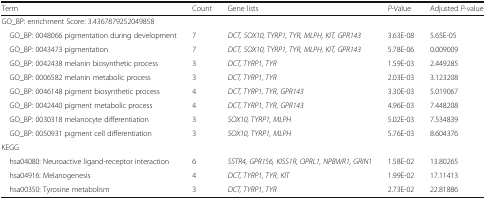
<table><thead><tr><td><b>Term</b></td><td><b>Count</b></td><td><b>Gene lists</b></td><td><b><i>P</i>-Value</b></td><td><b>Adjusted <i>P</i>-value</b></td></tr></thead><tbody><tr><td colspan="5">GO_BP: enrichment Score: 3.4367879252049858</td></tr><tr><td> GO_BP: 0048066 pigmentation during development</td><td>7</td><td><i>DCT, SOX10, TYRP1, TYR, MLPH, KIT, GPR143</i></td><td>3.63E-08</td><td>5.65E-05</td></tr><tr><td> GO_BP: 0043473 pigmentation</td><td>7</td><td><i>DCT, SOX10, TYRP1, TYR, MLPH, KIT, GPR143</i></td><td>5.78E-06</td><td>0.009009</td></tr><tr><td> GO_BP: 0042438 melanin biosynthetic process</td><td>3</td><td><i>DCT, TYRP1, TYR</i></td><td>1.59E-03</td><td>2.449285</td></tr><tr><td> GO_BP: 0006582 melanin metabolic process</td><td>3</td><td><i>DCT, TYRP1, TYR</i></td><td>2.03E-03</td><td>3.123208</td></tr><tr><td> GO_BP: 0046148 pigment biosynthetic process</td><td>4</td><td><i>DCT, TYRP1, TYR, GPR143</i></td><td>3.30E-03</td><td>5.019067</td></tr><tr><td> GO_BP: 0042440 pigment metabolic process</td><td>4</td><td><i>DCT, TYRP1, TYR, GPR143</i></td><td>4.96E-03</td><td>7.448208</td></tr><tr><td> GO_BP: 0030318 melanocyte differentiation</td><td>3</td><td><i>SOX10, TYRP1, MLPH</i></td><td>5.02E-03</td><td>7.534839</td></tr><tr><td> GO_BP: 0050931 pigment cell differentiation</td><td>3</td><td><i>SOX10, TYRP1, MLPH</i></td><td>5.76E-03</td><td>8.604376</td></tr><tr><td colspan="5">KEGG</td></tr><tr><td> hsa04080: Neuroactive ligand-receptor interaction</td><td>6</td><td><i>SSTR4, GPR156, KISS1R, OPRL1, NPBWR1, GRIN1</i></td><td>1.58E-02</td><td>13.80265</td></tr><tr><td> hsa04916: Melanogenesis</td><td>4</td><td><i>DCT, TYRP1, TYR, KIT</i></td><td>1.99E-02</td><td>17.11413</td></tr><tr><td> hsa00350: Tyrosine metabolism</td><td>3</td><td><i>DCT, TYRP1, TYR</i></td><td>2.73E-02</td><td>22.81886</td></tr></tbody></table>